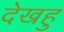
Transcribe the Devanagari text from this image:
देखहु